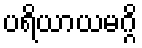
ပရိယာယမဂ္ဂိ